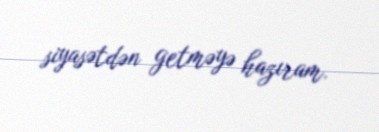
siyasətdən getməyə hazıram.